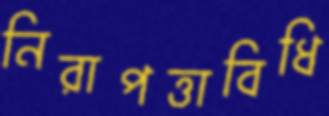
নিরাপত্তাবিধি